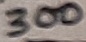
Text: 300